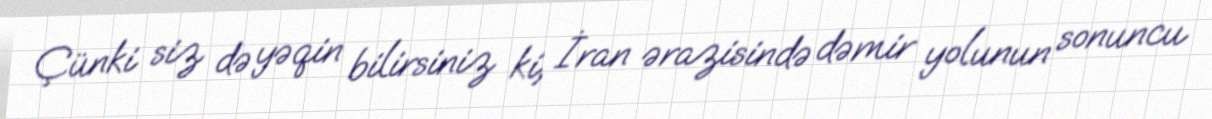
Çünki siz də yəqin bilirsiniz ki, İran ərazisində dəmir yolunun sonuncu